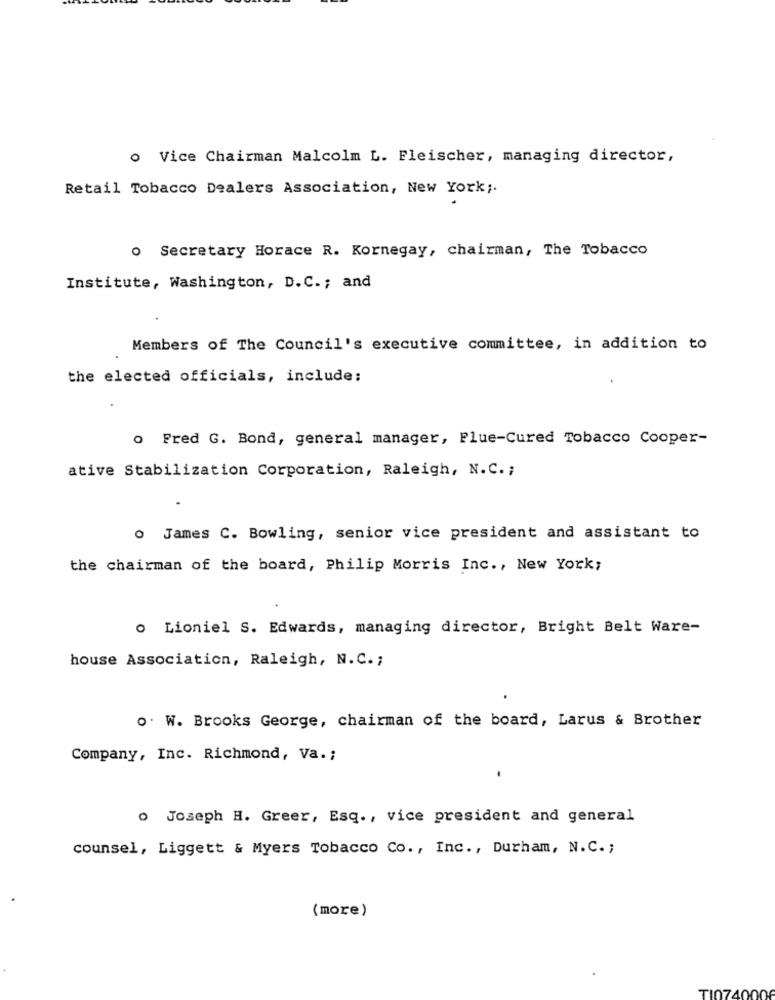
o Vice Chairman Malcolm L. Fleischer, managing director,
Retail Tobacco Dealers Association, New York ;.
o Secretary Horace R. Kornegay, chairman, The Tobacco
Institute, Washington, D.C .; and
Members of The Council's executive committee, in addition to
the elected officials, include:
o Fred G. Bond, general manager, Flue-Cured Tobacco Cooper-
ative Stabilization Corporation, Raleigh, N.C .;
o James C. Bowling, senior vice president and assistant to
the chairman of the board, Philip Morris Inc ., New York;
o Lioniel S. Edwards, managing director, Bright Belt Ware-
house Association, Raleigh, N.C .;
o. W. Brooks George, chairman of the board, Larus & Brother
Company, Inc. Richmond, Va .;
o Joseph H. Greer, Esq ., vice president and general
counsel, Liggett & Myers Tobacco Co ., Inc ., Durham, N.C .;
(more)
TI0740